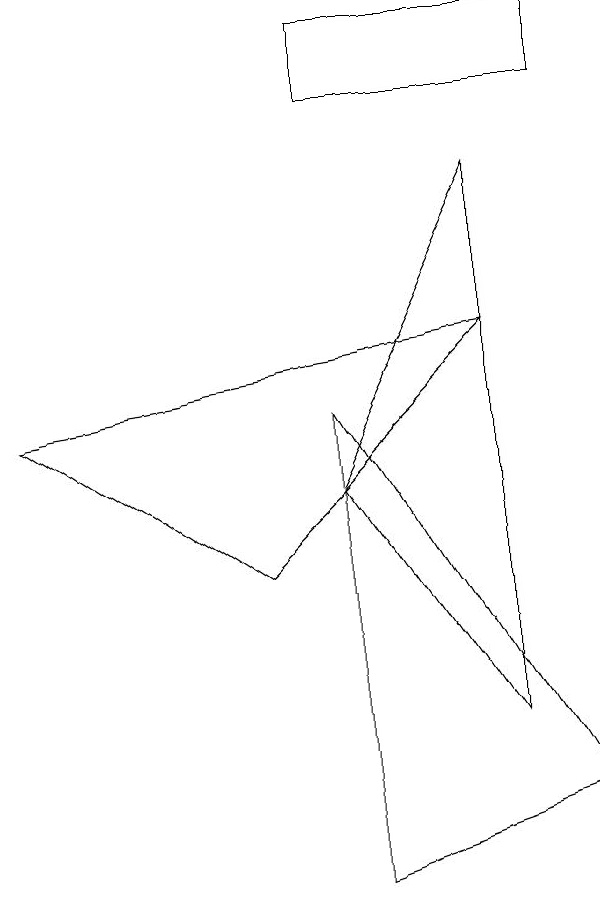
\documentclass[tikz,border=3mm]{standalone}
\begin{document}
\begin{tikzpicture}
\draw (3,4) -- (0,6) -- (6,7) -- cycle;
\draw (6,2) -- (4,5) -- (6,9) -- cycle;
\draw (4,6) -- (7,1) -- (4,0) -- cycle;
\draw (7,10) rectangle (4,11);
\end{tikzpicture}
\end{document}